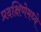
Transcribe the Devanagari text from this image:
प्रदक्षिणेमध्ये